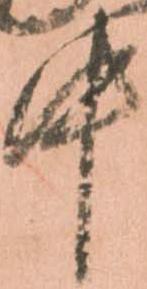
中